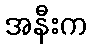
အနီးက